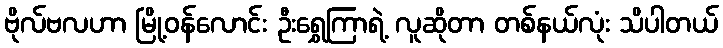
ဗိုလ်ဗလဟာ မြို့ဝန်လောင်း ဦးရွှေကြာရဲ့ လူဆိုတာ တစ်နယ်လုံး သိပါတယ်